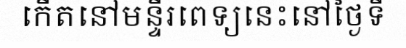
កើតនៅមន្ទីរពេទ្យនេះនៅថ្ងៃទី